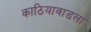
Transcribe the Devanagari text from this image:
काठियावाडला